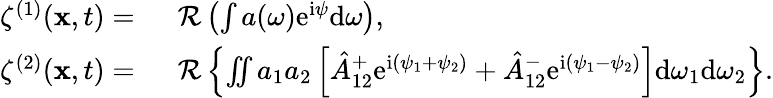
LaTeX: \begin{array}{rl}{\zeta^{(1)}(\mathbf{x},t)=~}&{\mathcal{R}\left(\int a(\omega)\mathrm{e}^{\mathrm{i}\psi}\mathrm{d}\omega\right),}\\ {\zeta^{(2)}(\mathbf{x},t)=~}&{\mathcal{R}\left\{ \iint a_{1}a_{2}\left[{\hat{A}}_{12}^{+}\mathrm{e}^{\mathrm{i}(\psi_{1}+\psi_{2})}+{\hat{A}}_{12}^{-}\mathrm{e}^{\mathrm{i}(\psi_{1}-\psi_{2})}\right]\mathrm{d}\omega_{1}\mathrm{d}\omega_{2}\right\} .}\end{array}